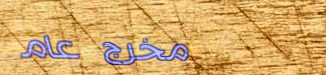
مخرج عام